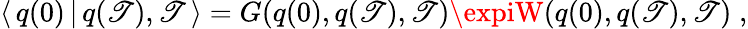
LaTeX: \langle\, q(0)\, |\, q(\mathscr{T}),\mathscr{T}\, \rangle=G(q(0),q(\mathscr{T}),\mathscr{T})\expiW(q(0),q(\mathscr{T}),\mathscr{T})\; ,